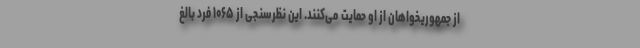
از جمهوریخواهان از او حمایت می‌کنند. این نظرسنجی از ۱۰۶۵ فرد بالغ